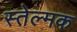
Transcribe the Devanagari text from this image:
स्तेल्मक